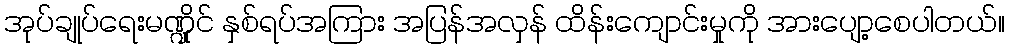
အုပ်ချုပ်ရေးမဏ္ဍိုင် နှစ်ရပ်အကြား အပြန်အလှန် ထိန်းကျောင်းမှုကို အားပျော့စေပါတယ်။